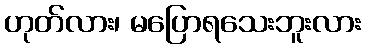
ဟုတ်လား၊ မပြောရသေးဘူးလား